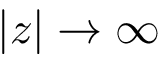
| z | \rightarrow \infty